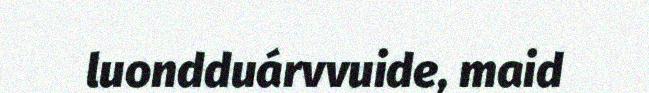
luondduárvvuide, maid